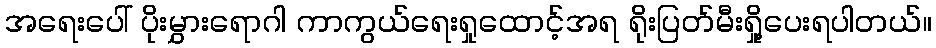
အရေးပေါ် ပိုးမွှားရောဂါ ကာကွယ်ရေးရှုထောင့်အရ ရိုးပြတ်မီးရှို့ပေးရပါတယ်။